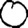
Digit: 0